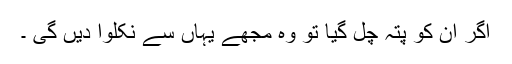
اگر ان کو پتہ چل گیا تو وہ مجھے یہاں سے نکلوا دیں گی ۔